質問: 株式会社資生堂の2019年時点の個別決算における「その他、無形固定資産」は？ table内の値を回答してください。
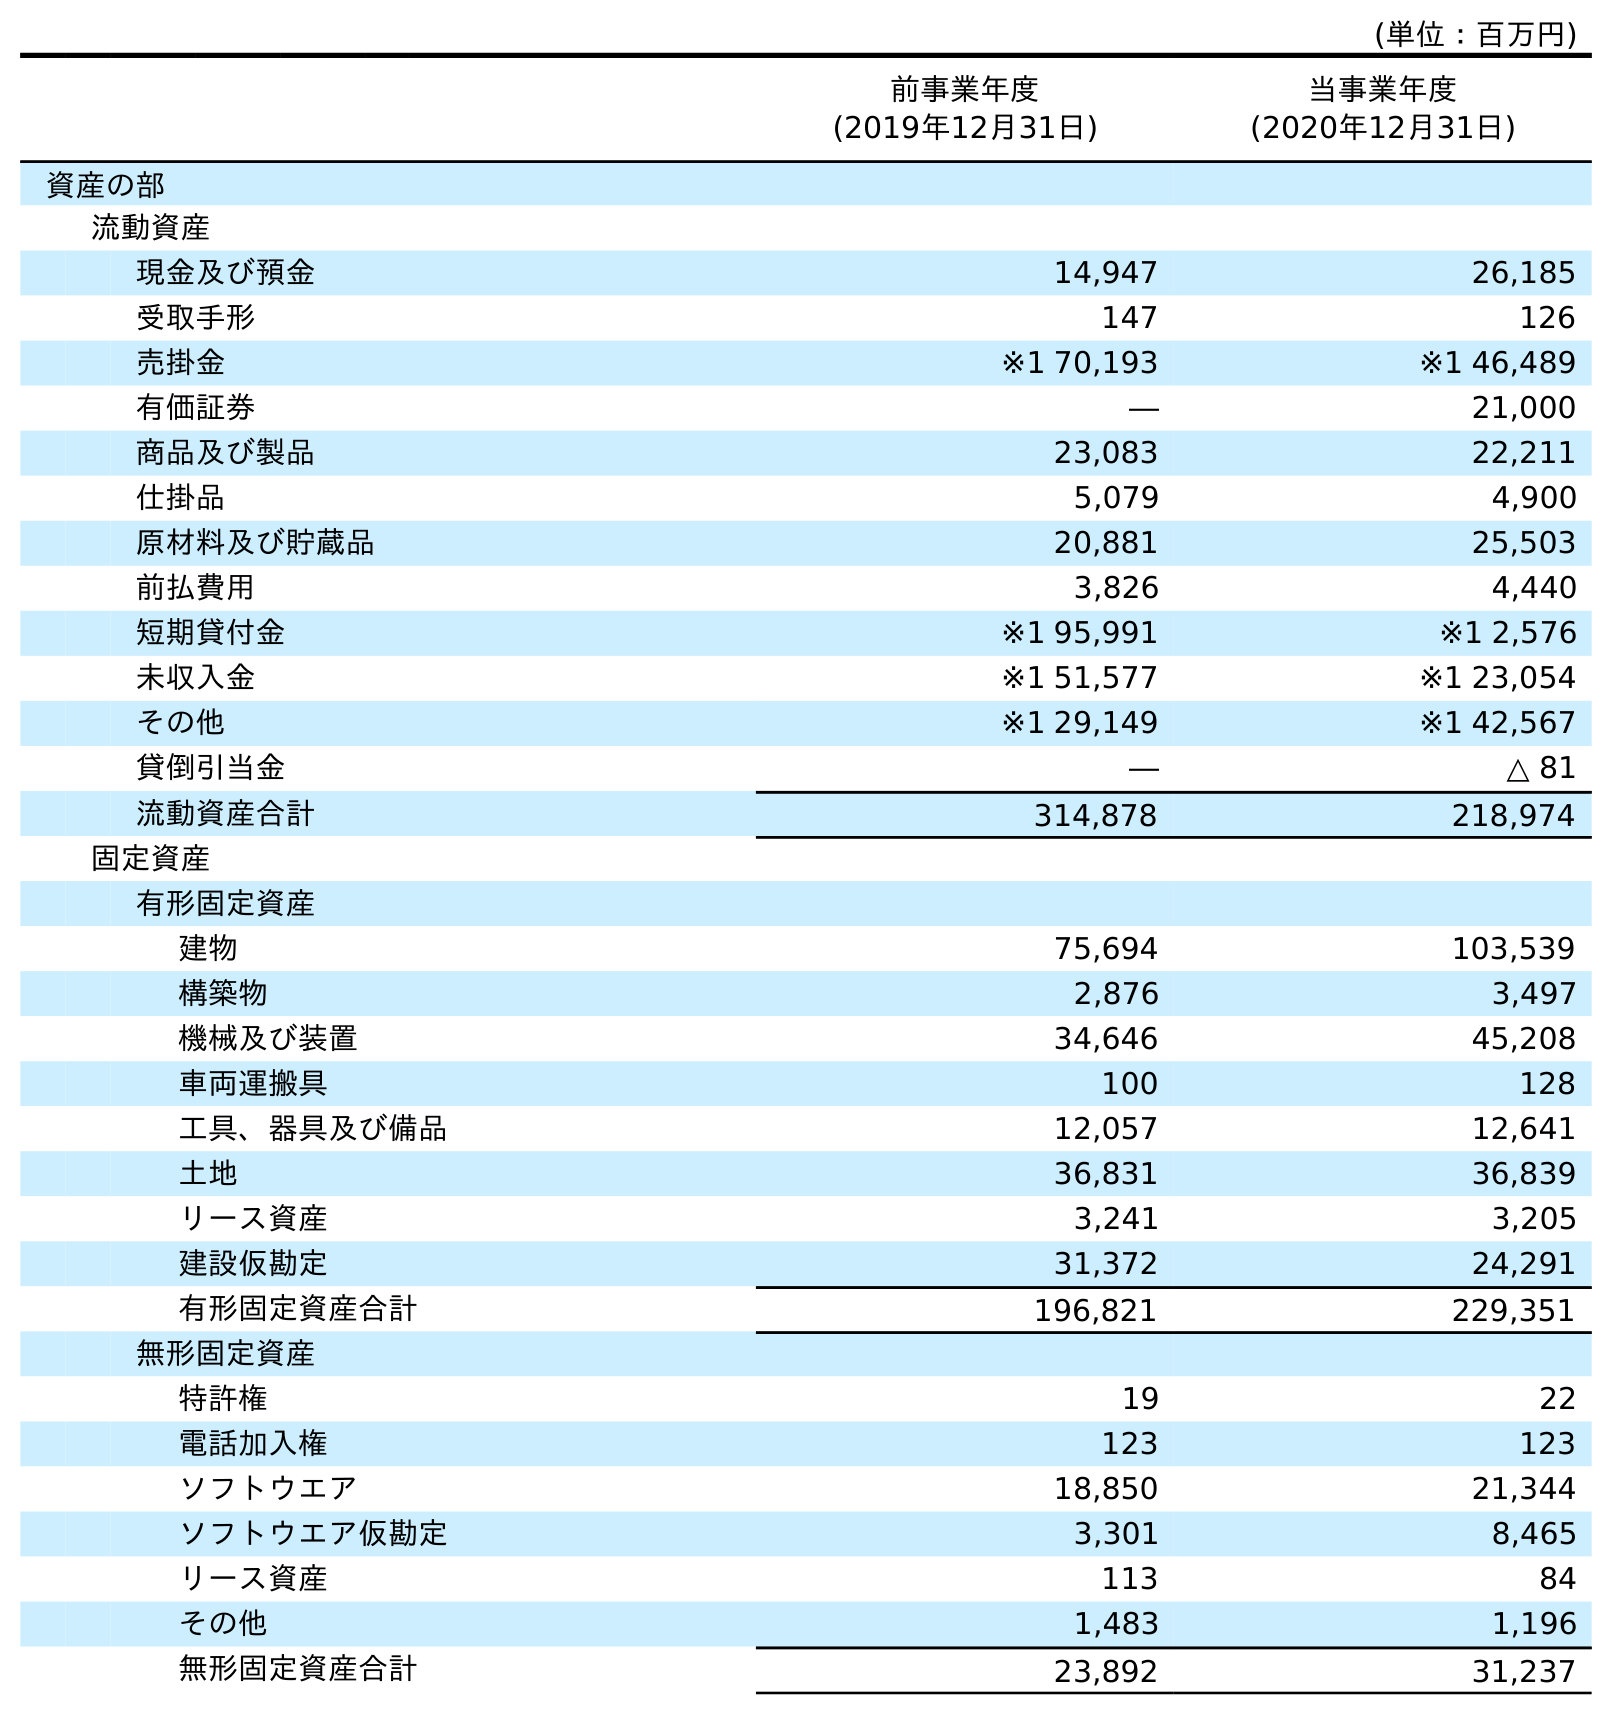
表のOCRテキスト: (単位：百万円) 前事業年度 (2019年12月31日) 当事業年度 (2020年12月31日) 資産の部 流動資産 現金及び預金 14,947 26,185 受取手形 147 126 売掛金 ※1 70,193 ※1 46,489 有価証券 ― 21,000 商品及び製品 23,083 22,211 仕掛品 5,079 4,900 原材料及び貯蔵品 20,881 25,503 前払費用 3,826 4,440 短期貸付金 ※1 95,991 ※1 2,576 未収入金 ※1 51,577 ※1 23,054 その他 ※1 29,149 ※1 42,567 貸倒引当金 ― △ 81 流動資産合計 314,878 218,974 固定資産 有形固定資産 建物 75,694 103,539 構築物 2,876 3,497 機械及び装置 34,646 45,208 車両運搬具 100 128 工具、器具及び備品 12,057 12,641 土地 36,831 36,839 リース資産 3,241 3,205 建設仮勘定 31,372 24,291 有形固定資産合計 196,821 229,351 無形固定資産 特許権 19 22 電話加入権 123 123 ソフトウエア 18,850 21,344 ソフトウエア仮勘定 3,301 8,465 リース資産 113 84 その他 1,483 1,196 無形固定資産合計 23,892 31,237
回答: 1,483